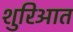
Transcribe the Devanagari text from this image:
शुरिआत